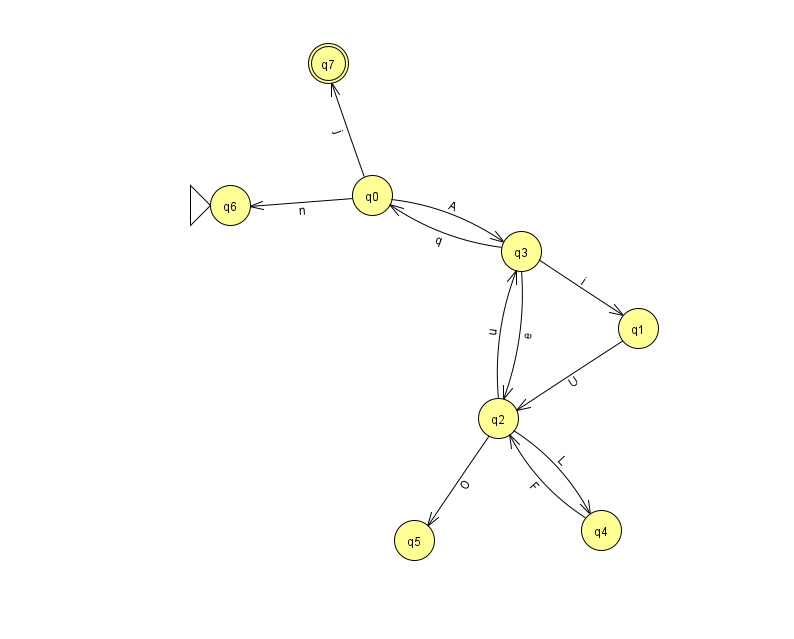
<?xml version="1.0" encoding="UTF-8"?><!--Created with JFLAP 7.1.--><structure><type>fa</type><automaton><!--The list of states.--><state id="0" name="q0"><x>372.0</x><y>182.0</y></state><state id="1" name="q1"><x>638.0</x><y>315.0</y></state><state id="2" name="q2"><x>498.0</x><y>405.0</y></state><state id="3" name="q3"><x>521.0</x><y>238.0</y></state><state id="4" name="q4"><x>601.0</x><y>517.0</y></state><state id="5" name="q5"><x>414.0</x><y>527.0</y></state><state id="6" name="q6"><x>230.0</x><y>192.0</y><initial/></state><state id="7" name="q7"><x>328.0</x><y>50.0</y><final/></state><!--The list of transitions.--><transition><from>2</from><to>3</to><read>u</read></transition><transition><from>3</from><to>2</to><read>e</read></transition><transition><from>2</from><to>5</to><read>O</read></transition><transition><from>0</from><to>7</to><read>j</read></transition><transition><from>1</from><to>2</to><read>U</read></transition><transition><from>0</from><to>3</to><read>A</read></transition><transition><from>3</from><to>0</to><read>q</read></transition><transition><from>2</from><to>4</to><read>L</read></transition><transition><from>0</from><to>6</to><read>n</read></transition><transition><from>3</from><to>1</to><read>i</read></transition><transition><from>4</from><to>2</to><read>F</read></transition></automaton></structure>